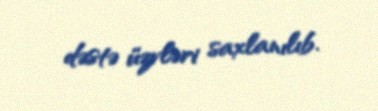
dəstə üzvləri saxlanılıb.